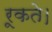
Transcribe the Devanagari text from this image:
रूकते।